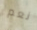
نعم